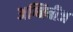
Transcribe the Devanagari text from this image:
अग्निबीज